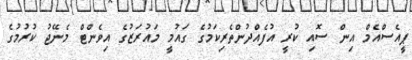
ޕީއެސްއެމް އިން ސޮއި ކުރީ އުފެއްދުންތެރިކަމުގެ ގައުމީ މައުރަޒުގެ އިވެންޓް މެނޭޖު ކުރުމުގެ